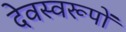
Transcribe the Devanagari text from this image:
देवस्वरूपों